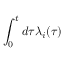
\int _ { 0 } ^ { t } d \tau \lambda _ { i } ( \tau )